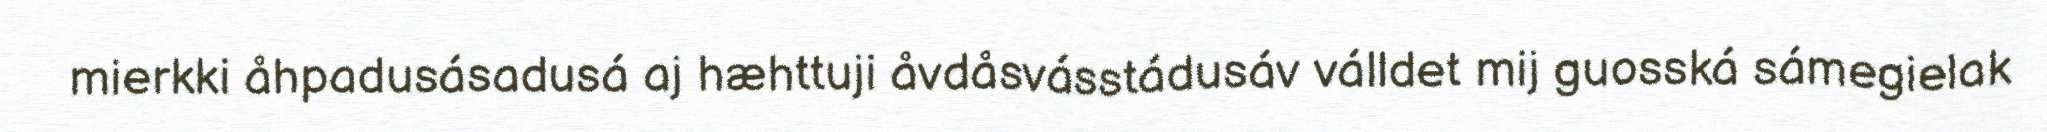
mierkki åhpadusásadusá aj hæhttuji åvdåsvásstádusáv válldet mij guosská sámegielak